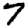
Digit: 7